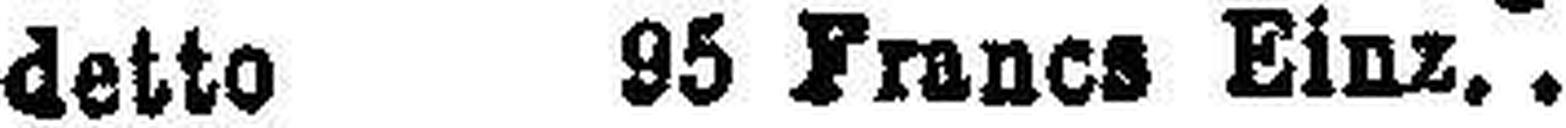
detto 95 France Einz.